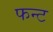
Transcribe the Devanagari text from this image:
फन्ट